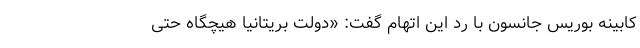
کابینه بوریس جانسون با رد این اتهام گفت: «دولت بریتانیا هیچگاه حتی